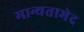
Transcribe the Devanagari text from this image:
मान्यताभेद